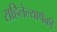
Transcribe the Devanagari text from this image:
राहिलेल्यापैंकी